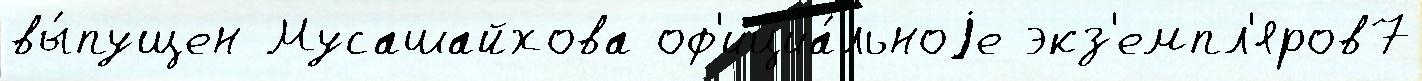
вы́пущен Мусашайхова оф'ициа́льноjе экз'емпл'яров7